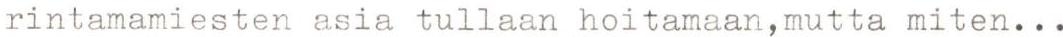
rintamamiesten asia tullaan hoitamaan,mutta miten...